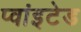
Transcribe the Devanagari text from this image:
प्वांइटेड